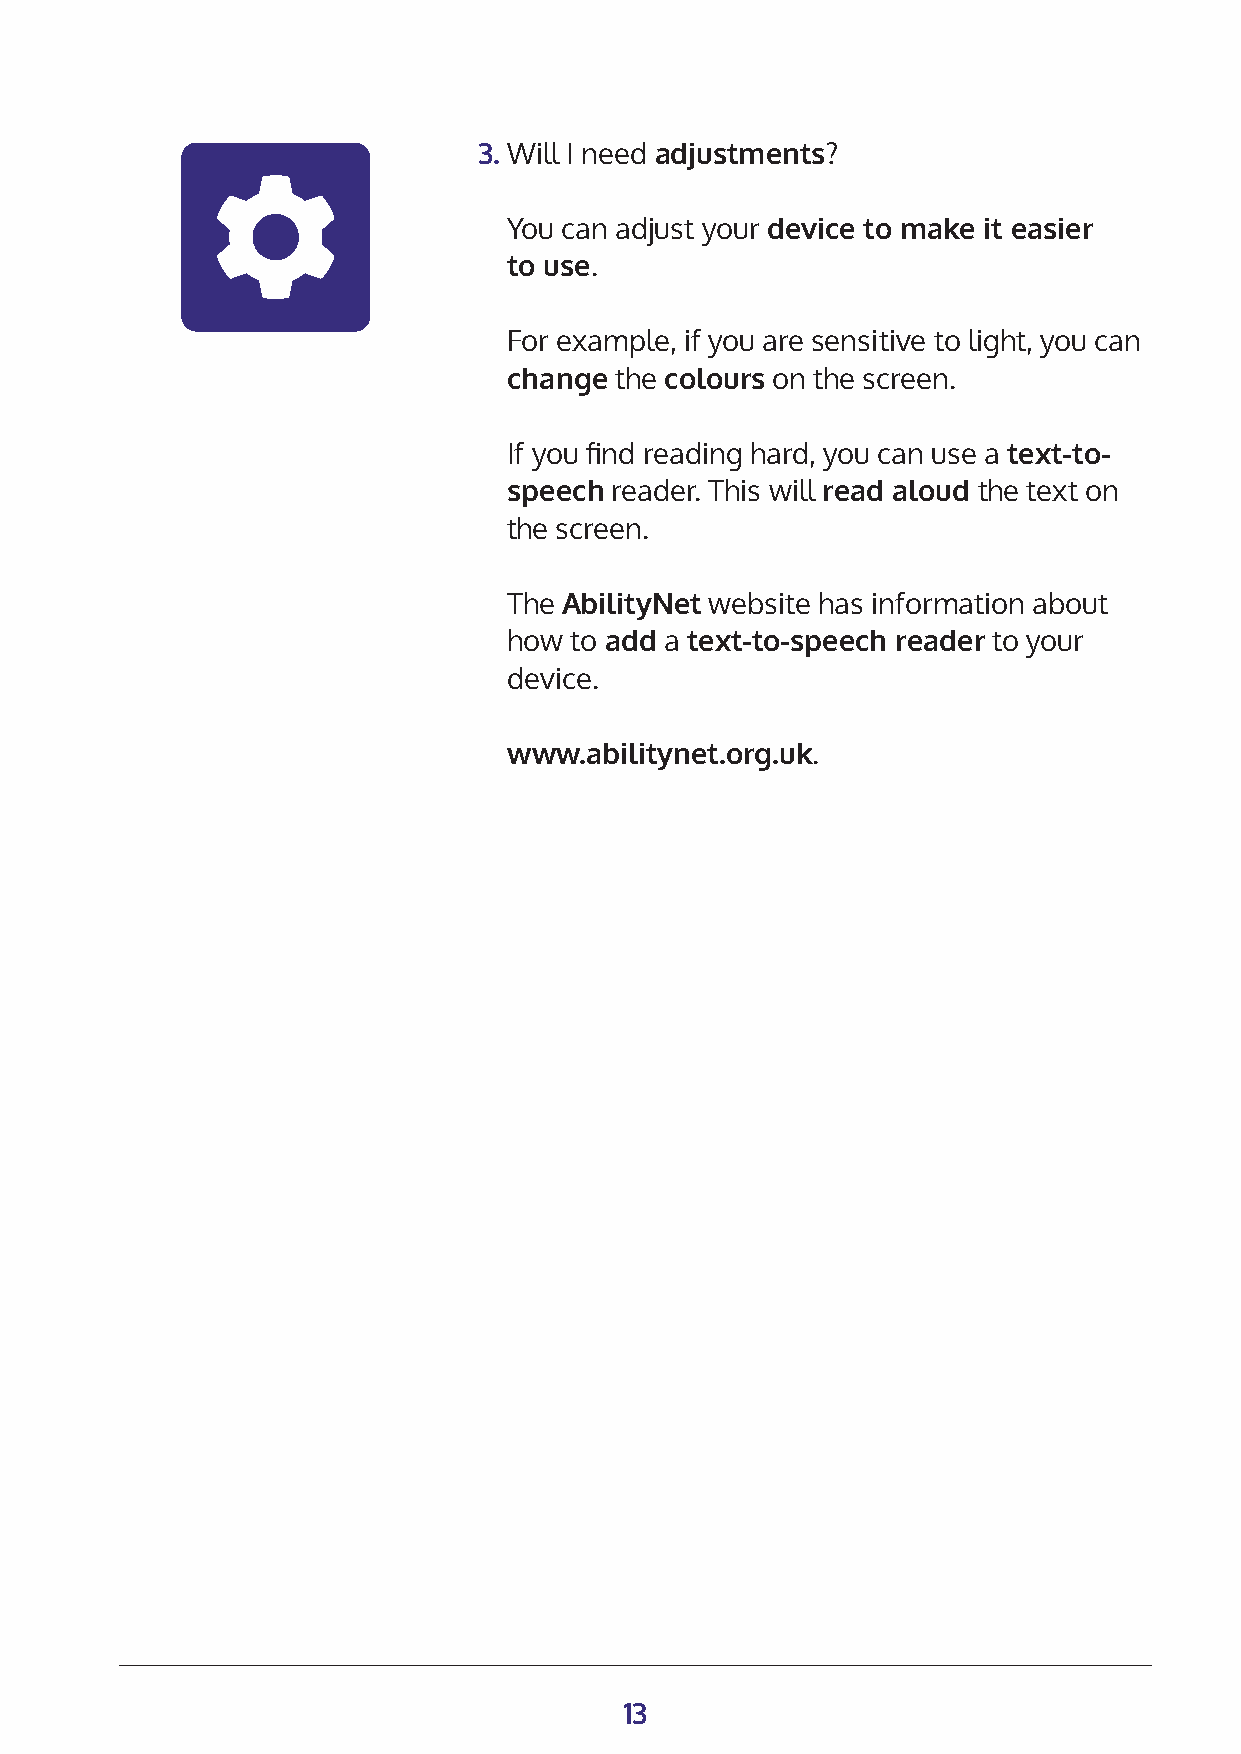
3. Will I need adjustments?
 You can adjust your device to make it easier
 to use.
 For example, if you are sensitive to light, you can
 change the colours on the screen.
 If you find reading hard, you can use a text-to-
 speech reader. This will read aloud the text on
 the screen.
 The AbilityNet website has information about
 how to add a text-to-speech reader to your
 device.
 www.abilitynet.org.uk.
 13